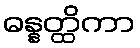
ဓန္နတ္ထိကာ